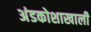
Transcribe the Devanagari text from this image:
अंडकोशाखाली